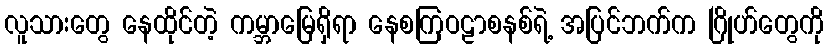
လူသားတွေ နေထိုင်တဲ့ ကမ္ဘာမြေရှိရာ နေစကြဝဠာစနစ်ရဲ့ အပြင်ဘက်က ဂြိုဟ်တွေကို